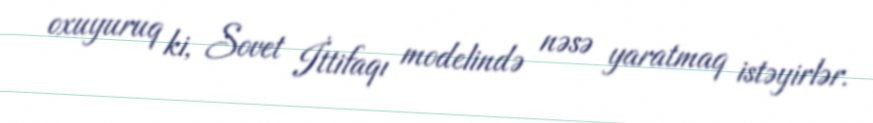
oxuyuruq ki, Sovet İttifaqı modelində nəsə yaratmaq istəyirlər.